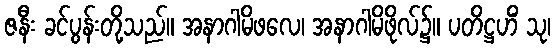
ဇနီး ခင်ပွန်းတို့သည်။ အနာဂါမိဖလေ၊ အနာဂါမိဖိုလ်၌။ ပတိဋ္ဌဟိံ သု၊